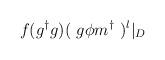
LaTeX: \begin{align*} f ( g^\dagger g ) (~ g \phi m^\dagger ~)^l \vert_D\end{align*}